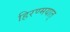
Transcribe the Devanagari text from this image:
हिरण्मयात्